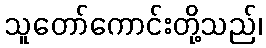
သူတော်ကောင်းတို့သည်၊